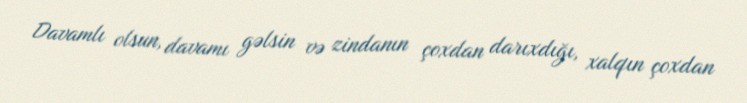
Davamlı olsun, davamı gəlsin və zindanın çoxdan darıxdığı, xalqın çoxdan